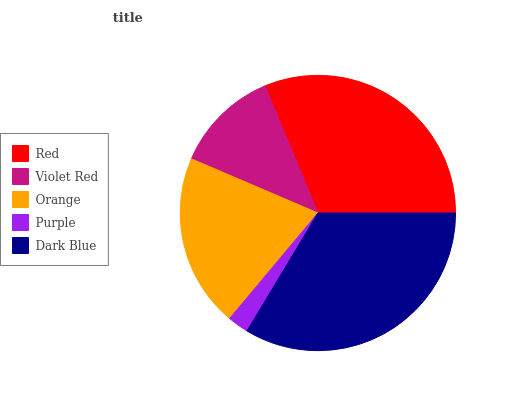
| Red | Violet Red | Orange | Purple | Dark Blue |
 | --- | --- | --- | --- | --- |
 | 31.3% | 12.3% | 20.4% | 2.48% | 33.6% |